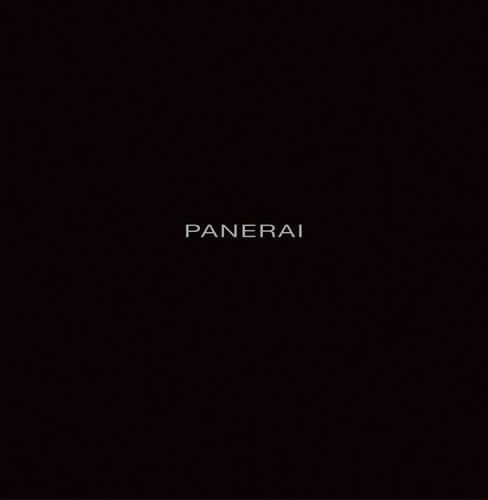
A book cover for Panerai; Crafts, Hobbies & Home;